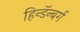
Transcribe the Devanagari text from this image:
हिन्डॅन्बर्ग